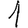
Digit: 1